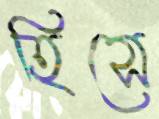
হিসে